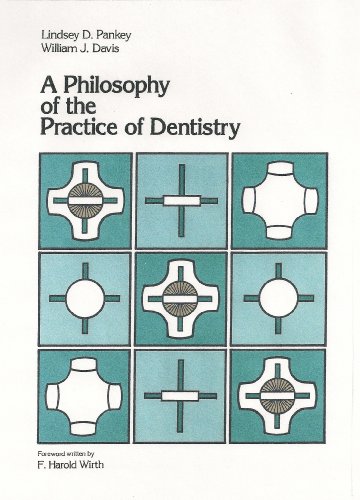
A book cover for A Philosophy of the Practice of Dentistry; Lindsey D. Pankey; Medical Books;